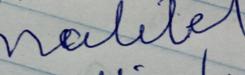
Signature authenticity: forged